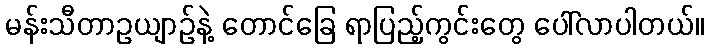
မန်းသီတာဥယျာဉ်နဲ့ တောင်ခြေ ရာပြည့်ကွင်းတွေ ပေါ်လာပါတယ်။